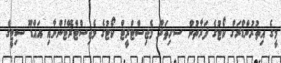
މީގެ އިތުރުންޑްރަގް ކޯޓުގެ ފަރާތުން ސ.ހިތަދޫ މެޖިސްޓްރީޓް ކޯޓުގެ މެޖިސްޓްރޭޓުންނާއި އައްޑޫ ސިޓީގެ